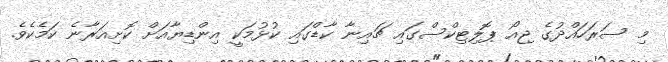
މި ސަރަހައްދުގެ ޖިއޯ ޕޮލިޓިކްސްގައި ޗައިނާ ކާޑްގައި ކުޅުމަކީ އިންޑިޔާއަށް ކޮށިއަރާނެ ކަމެކެވެ.